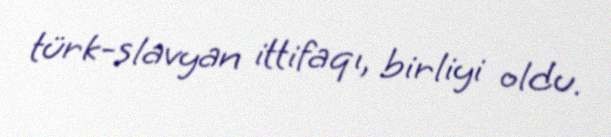
türk-slavyan ittifaqı, birliyi oldu.